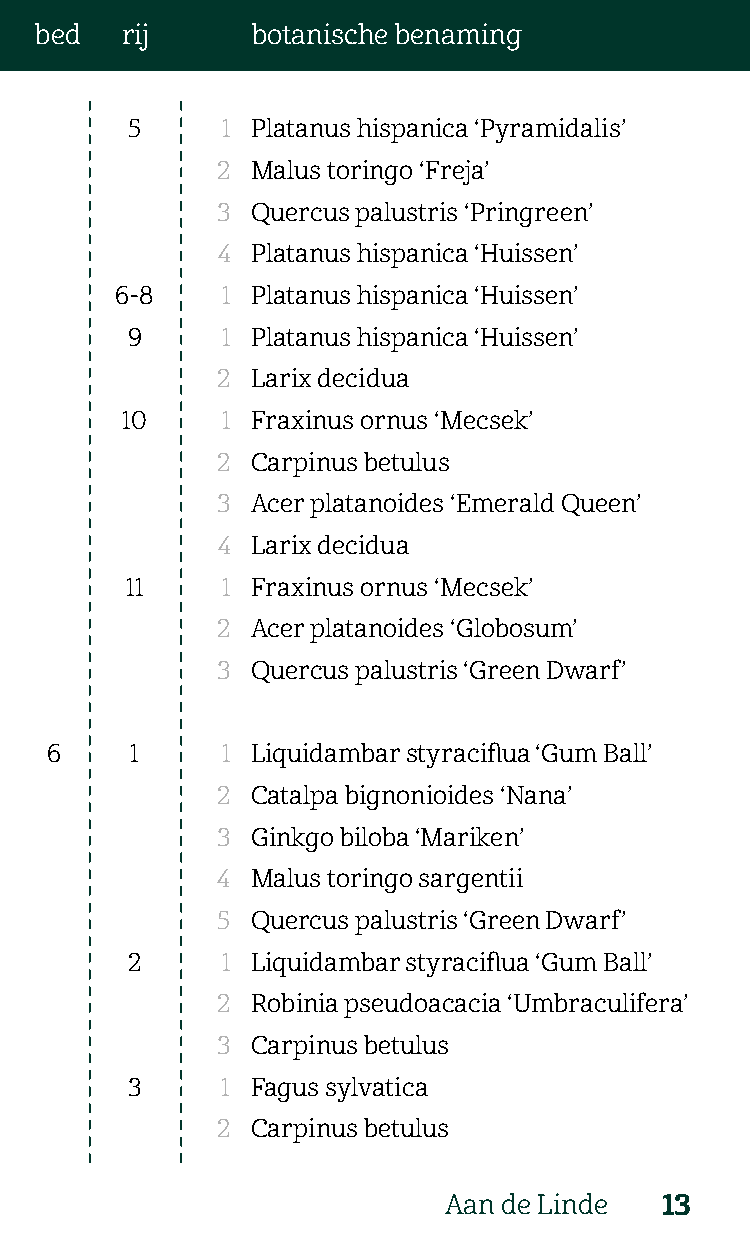
bed   rij      botanische benaming
 5      1 Platanus hispanica ‘Pyramidalis’
 2  Malus toringo ‘Freja’
 3  Quercus palustris ‘Pringreen’
 4  Platanus hispanica ‘Huissen’
 6-8    1 Platanus hispanica ‘Huissen’
 9      1 Platanus hispanica ‘Huissen’
 2  Larix decidua
 10     1 Fraxinus ornus ‘Mecsek’
 2  Carpinus betulus
 3  Acer platanoides ‘Emerald Queen’
 4  Larix decidua
 11     1 Fraxinus ornus ‘Mecsek’
 2  Acer platanoides ‘Globosum’
 3  Quercus palustris ‘Green Dwarf’
 6     1     1 Liquidambar styraciflua ‘Gum Ball’
 2  Catalpa bignonioides ‘Nana’
 3  Ginkgo biloba ‘Mariken’
 4  Malus toringo sargentii
 5  Quercus palustris ‘Green Dwarf’
 2      1 Liquidambar styraciflua ‘Gum Ball’
 2  Robinia pseudoacacia ‘Umbraculifera’
 3  Carpinus betulus
 3      1 Fagus sylvatica
 2  Carpinus betulus
 Aan de Linde   13